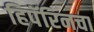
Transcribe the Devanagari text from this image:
हिपॅरिनचा